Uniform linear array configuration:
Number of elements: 64
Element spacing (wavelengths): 0.75
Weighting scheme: hamming
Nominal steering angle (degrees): -45
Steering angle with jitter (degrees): -46.484
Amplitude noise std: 0.05
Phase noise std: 0.05

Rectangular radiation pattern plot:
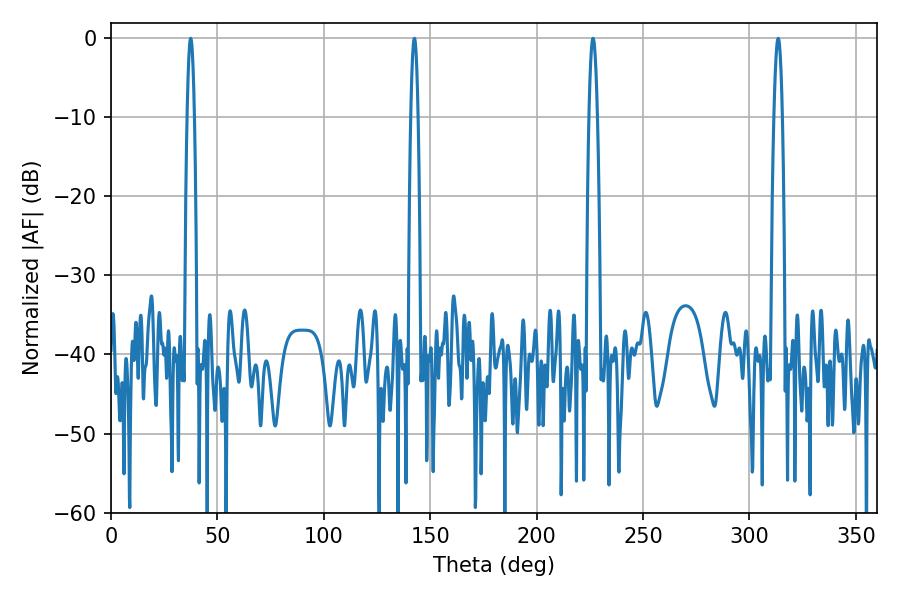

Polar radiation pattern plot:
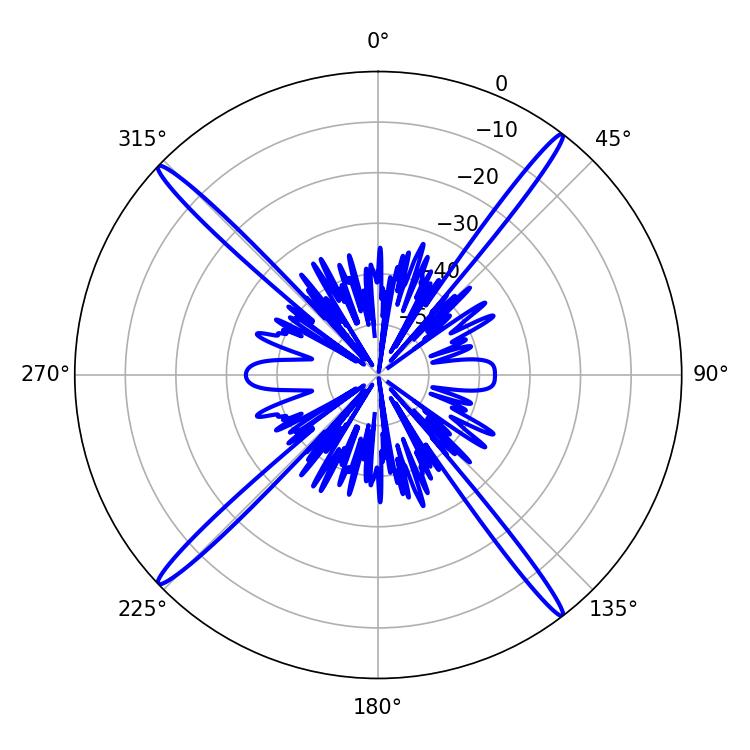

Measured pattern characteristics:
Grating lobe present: TRUE
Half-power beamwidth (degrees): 1.8
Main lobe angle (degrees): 37.44